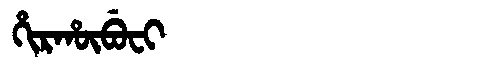
Manchu: ᡥᡳᡵᡥᡡᠪᡠᠸᡳ
Romanization: HIRHŪBUFI